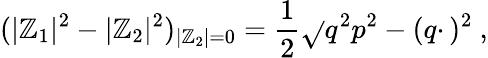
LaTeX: (|\mathbb{Z}_{1}|^{2}-|\mathbb{Z}_{2}|^{2})_{|\mathbb{Z}_{2}|=0}={\frac{{1}}{{2}}}\sqrt{}{{q^{2}p^{2}-(q\cdotp)^{2}}}\ ,